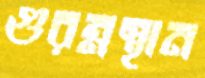
গুরম্নস্থান